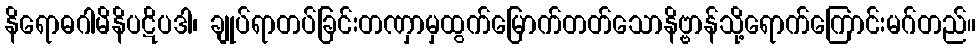
နိရောဓဂါမိနိပဋိပဒါ၊ ချုပ်ရာတပ်ခြင်းတဏှာမှထွက်မြောက်တတ်သောနိဗ္ဗာန်သို့ရောက်ကြောင်းမဂ်တည်။